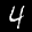
Label: 4